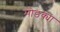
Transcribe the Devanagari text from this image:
मोडक्या